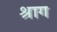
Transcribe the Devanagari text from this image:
श्राग